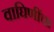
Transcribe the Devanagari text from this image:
वाघिणींचा